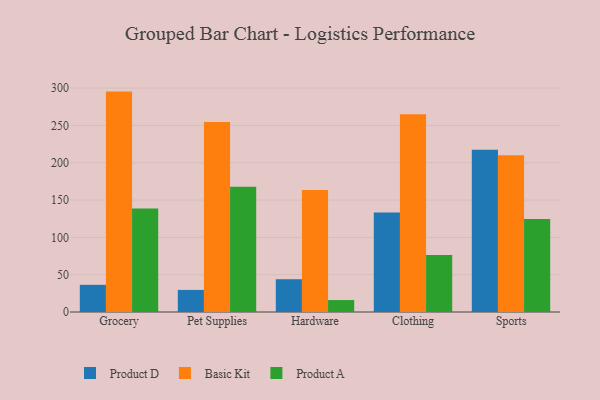
{"axis": {"x": "Category", "y": "Humidity (%)"}, "legend": ["Basic Kit", "Product A", "Product D"], "data": [{"x": "Grocery", "y": 36.4, "type": "Product D"}, {"x": "Grocery", "y": 295.3, "type": "Basic Kit"}, {"x": "Grocery", "y": 138.6, "type": "Product A"}, {"x": "Pet Supplies", "y": 29.6, "type": "Product D"}, {"x": "Pet Supplies", "y": 254.6, "type": "Basic Kit"}, {"x": "Pet Supplies", "y": 167.9, "type": "Product A"}, {"x": "Hardware", "y": 43.9, "type": "Product D"}, {"x": "Hardware", "y": 163.4, "type": "Basic Kit"}, {"x": "Hardware", "y": 16.0, "type": "Product A"}, {"x": "Clothing", "y": 133.4, "type": "Product D"}, {"x": "Clothing", "y": 264.9, "type": "Basic Kit"}, {"x": "Clothing", "y": 76.4, "type": "Product A"}, {"x": "Sports", "y": 217.3, "type": "Product D"}, {"x": "Sports", "y": 209.9, "type": "Basic Kit"}, {"x": "Sports", "y": 124.6, "type": "Product A"}]}